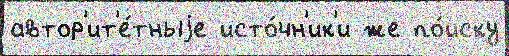
автор'ит'е́тныjе исто́чн'ик'и же по́иску